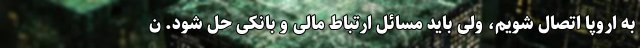
به اروپا اتصال شویم، ولی باید مسائل ارتباط مالی و بانکی حل شود. ن